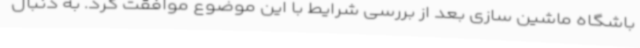
باشگاه ماشین سازی بعد از بررسی شرایط با این موضوع موافقت کرد. به دنبال